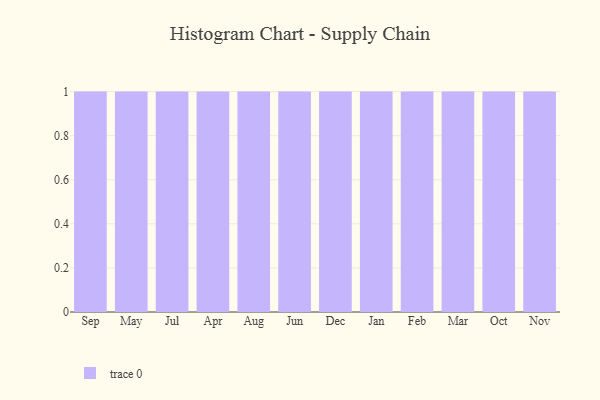
{"axis": {"x": "Month", "y": "Conversion Rate (%)"}, "legend": [""], "data": [{"x": "Sep", "y": 80, "type": ""}, {"x": "May", "y": 76, "type": ""}, {"x": "Jul", "y": 60, "type": ""}, {"x": "Apr", "y": 97, "type": ""}, {"x": "Aug", "y": 1, "type": ""}, {"x": "Jun", "y": 8, "type": ""}, {"x": "Dec", "y": 75, "type": ""}, {"x": "Jan", "y": 44, "type": ""}, {"x": "Feb", "y": 68, "type": ""}, {"x": "Mar", "y": 82, "type": ""}, {"x": "Oct", "y": 7, "type": ""}, {"x": "Nov", "y": 20, "type": ""}]}